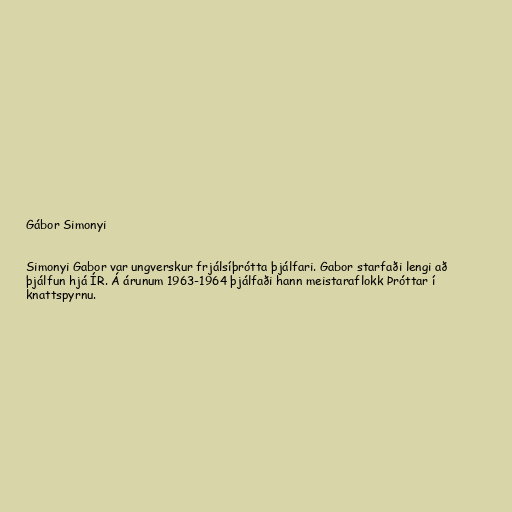
Gábor Simonyi

Simonyi Gabor var ungverskur frjálsíþrótta þjálfari. Gabor starfaði lengi að
þjálfun hjá ÍR. Á árunum 1963-1964 þjálfaði hann meistaraflokk Þróttar í
knattspyrnu.